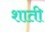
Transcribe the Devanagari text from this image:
शाती